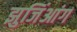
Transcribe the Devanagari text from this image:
झुजिंआंग